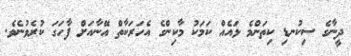
ދީނާގެ ސިކުނޑި ކިތަންމެ ޅައެއް ކަމަކު މާކިންގެ އެހަރަކާތް އޭނާއަށް ފާހަގަ ކުރެވުނެވެ.